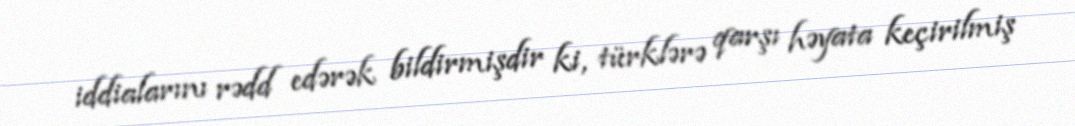
iddialarını rədd edərək bildirmişdir ki, türklərə qarşı həyata keçirilmiş